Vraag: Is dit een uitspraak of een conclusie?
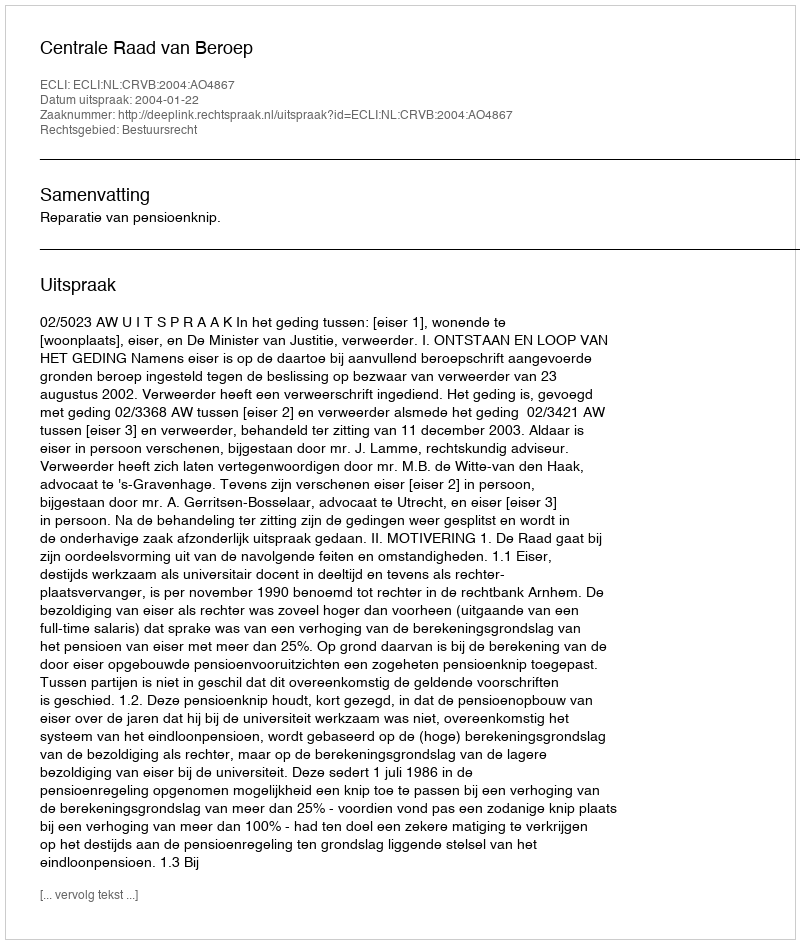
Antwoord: Uitspraak